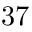
3 7